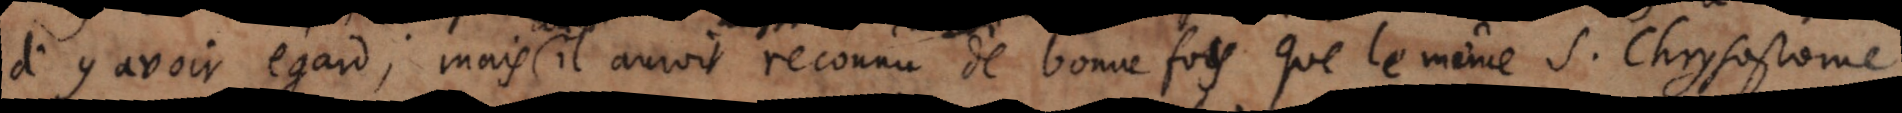
d’y avoir égard ; mais il auroit reconnu de bonne foy que le même S. Chrysostome